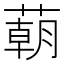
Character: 𦺓